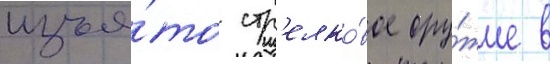
изъя́то стр'елко́вое ору́жие в